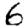
Digit: 6